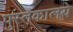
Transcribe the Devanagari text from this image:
पुस्तकालये